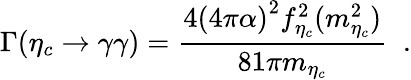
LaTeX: \Gamma(\eta_{c}\to\gamma\gamma)=\frac{4{(4\pi\alpha)}^{2}f_{\eta_{c}}^{2}(m_{\eta_{c}}^{2})}{81\pi m_{\eta_{c}}}\; \; .